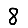
Digit: 8